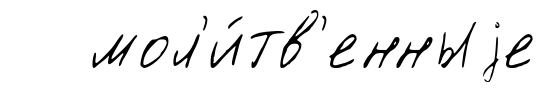
мол'и́тв'енныjе